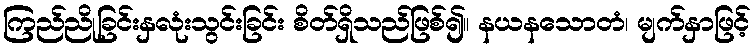
ကြည်ညိုခြင်းနှလုံးသွင်းခြင်း စိတ်ရှိသည်ဖြစ်၍။ နယနသောတံ၊ မျက်နှာဖြင့်